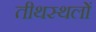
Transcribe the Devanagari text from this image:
तीथस्थलों